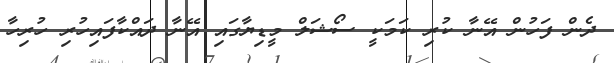
ދެން ފަހުން އޭނާ ކުރި ކަމަކީ ސޯޝަލް މީޑިޔާގައި އޭނާ ދައްކާފައިހުރި ހުރިހާ